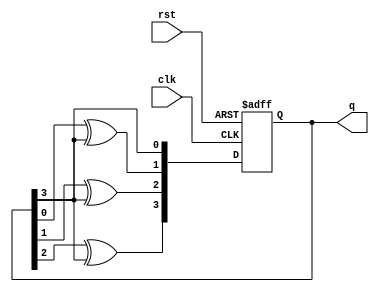
module JohnsonCounter(
    input wire clk,
    input wire rst,
    output reg [n-1:0] q
);

parameter n = 4; // number of stages in the Johnson Counter
reg [n-1:0] q_next;

always @(posedge clk or posedge rst) begin
    if(rst) begin
        q <= 0;
    end else begin
        q <= q_next;
    end
end

always @* begin
    q_next[0] = q[n-1];
    q_next[1] = q[0] ^ q[n-1];
    q_next[2] = q[1] ^ q[n-1];
    q_next[3] = q[2] ^ q[n-1];
    // Add more stages if needed
end

endmodule